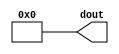
module random_pulse( dout ); 
output [9:0] dout; 
reg dout; 
integer delay1,delay2,k; 
initial  
begin 
#10 dout=0; 
for (k=0; k< 100; k=k+1) 
begin  
delay1 = 20 * ( {$random} % 6);  
// delay1 0100ns仯 
delay2 = 20 * ( 1 + {$random} % 3);  
// delay2 2060ns仯
#delay1  dout = 1 << ({$random} %10);
//dout0--9λ1ֵʱ0-100ns仯 
#delay2  dout = 0; 
//Ŀ2060ns仯 
end 
end 
endmodule